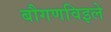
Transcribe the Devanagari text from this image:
बौगणविइले